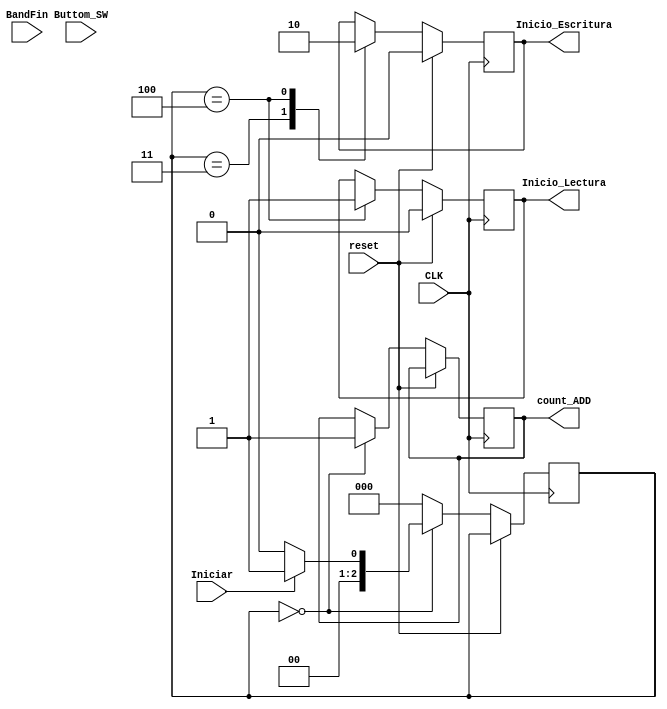
module FSM_GENERAL(
Iniciar, //Dar inicio al sistema
//Buttom_RIGHT,
//Buttom_LEFT,
Inicio_Lectura,
Inicio_Escritura,
CLK,
BandFin,
//Band1,
//Band2,
//Sel_Hora,
//Ctrl_time_WR,
//Ctrl_time_AD,
reset,
Buttom_SW,
count_ADD
//count_DATO,
//UP,
//DOWN
);

input Iniciar;
input Buttom_SW;
//input UP;
//input DOWN;
//input Buttom_RIGHT;
//input Buttom_LEFT;
//input Band1;//para el control de cambio de estados
//input Band2;//para el control de cambio de estados
input BandFin;//Estara dada por el count_ADD
input CLK;
input reset;
//output reg Ctrl_time_WR;
//output reg Ctrl_time_AD;
output reg Inicio_Lectura;
output reg Inicio_Escritura;
//output reg Sel_Hora;//Habilitacion para contador de formato 12 o 24
output reg count_ADD; //cuenta direcciones
//output reg count_DATO; //Se ocupa para escribir los datos en para inicializacion y los estados 


// Internal Variables
parameter  [2:0]   Inicio =  3'b000;
parameter [2:0] Inicializacion= 3'b0001;
/*parameter  [2:0]  Carga  =   3'b001;
parameter  [2:0]  Programa = 3'b010;
parameter  [2:0]  Estados  = 3'b011;
parameter  [2:0]  Escribe  = 3'b100;*/
parameter  [2:0]  Decide  =  3'b010;
parameter  [2:0]  ESCRITURA =3'b011;
parameter  [2:0]  LECTURA  =  3'b100;
reg [2:0] state, next_state;

always @ (state or Iniciar or Buttom_SW or BandFin)//Buttom_RIGHT  or Buttom_LEFT  or BandFin or UP or DOWN)
begin  
  next_state = 0;
  if(Iniciar) begin
		  case(state)
			 Inicio : 
			 if (Iniciar == 1'b1) begin
				  next_state = Inicializacion;
					  end else begin
				  next_state= Inicio; end
				  
				  			
			 Inicializacion : 
				if (BandFin == 1'b1) begin
				  next_state = Decide;
					  end 
				else begin
				  next_state = Inicializacion; end
		/*		  
			 Programa : 
						if (Band2 == 1'b1) begin
								if (BandFin ==1'b1) begin
									next_state = Estados;end
								else begin
									next_state = Inicio; end
						end
						else next_state = Programa;
									
			 Estados : 
					if (Band1 == 1'b1) begin
						next_state = Escribe;
					  end 
					else begin
						next_state = Estados;
					end
			  
			 Escribe: 
					if (Band2 == 1'b1)begin
							if (BandFin == 1'b1) begin
									next_state = Decide;end
							else 
								next_state = Estados;
					end
						else next_state = Escribe; 	
				*/
						
				Decide:  
						if (Buttom_SW == 1'b0) begin
								next_state = LECTURA;end
											
						else if(Buttom_SW == 1'b1) begin
										next_state = ESCRITURA; end 
						else 
								next_state = Decide;
			
						
				ESCRITURA:
							if(Buttom_SW == 1'b0) begin
								next_state = LECTURA;end
								
							else begin next_state = ESCRITURA;end
								
								
				LECTURA: 
							if(Buttom_SW == 1'b1) begin
								next_state = ESCRITURA;end
										
							else begin
								next_state = LECTURA; end
							
			default : next_state = Inicio; 
		  endcase
		end
end
always @ (posedge CLK)
			begin : OUTPUT_LOGIC
			  if (reset) begin
				Inicio_Lectura <=1'b0;
				Inicio_Escritura <=1'b0;
				//Sel_Hora <= 1'b0;
				//count_ADD<=0;
			  end 
			  else begin
				 state <=  next_state;
				 case(state)
				Inicio : begin
							  count_ADD<=1'b1;//INICIALIZACION 
							  
						 end
				/*
				 Carga	 : begin
							count_ADD  <= 1'b1;
							Ctrl_time_AD <=1'b1;
							
						 end
			  Programa	 : begin
							count_DATO <=1'b1;
							Ctrl_time_WR <=1'b1;
							
						 end
						 
				  
				 Estados: begin
									count_ADD<=1'b1 <=1'b1;
									Ctrl_time_AD <=1'b1;
								end
								
				  Escribe : begin
									
							count_DATO <=1'b1;
							Ctrl_time_WR <=1'b1;
							
								end
				*/
				
								
					ESCRITURA : begin
								  Inicio_Escritura <=1'b1;
								  state <= Inicio;

								end
								
					LECTURA : begin
								  Inicio_Lectura<=1'b1;
								  Inicio_Escritura <=1'b0;
								  state <= Inicio;
								  end
								  
				  default : begin
								  state <= Inicio;
								end
				 endcase
			  end
end

endmodule